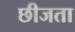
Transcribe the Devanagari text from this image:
छीजता